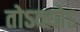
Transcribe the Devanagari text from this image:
तोऽक्योऽ